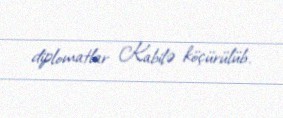
diplomatlar Kabilə köçürülüb.